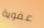
عفوية